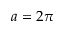
a = 2 \pi